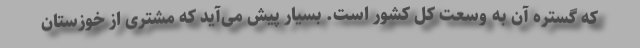
که گستره آن به وسعت کل کشور است. بسیار پیش می‌آید که مشتری از خوزستان